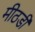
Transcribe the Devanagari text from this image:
मीठडी